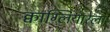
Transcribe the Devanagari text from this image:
क्वाग्लियारेला